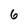
Character: 6